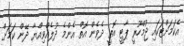
އެކަމަށްޓަކައި ޖުމްހޫރީ ޕާޓީ އޮތީ ދެވެން އޮތް އެންމެ ދުލެއްވިއްޔާ ދޭން ކަމަށް